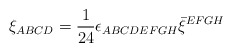
\begin{align*}\xi_{ABCD} = \frac{1}{24} \epsilon_{ABCDEFGH} \bar \xi^{EFGH}\end{align*}